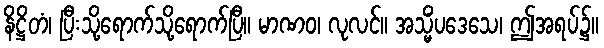
နိဋ္ဌိတံ၊ ပြီးသို့ရောက်သို့ရောက်ပြီ။ မာဏဝ၊ လုလင်။ အသ္မိံပဒေသေ၊ ဤအရပ်၌။